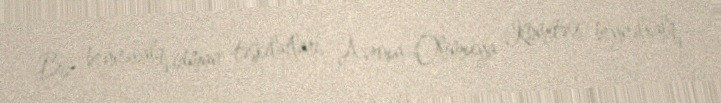
Biz beynəxalq idman təşkilatları, Avropa Olimpiya Komitəsi, beynəlxalq